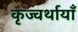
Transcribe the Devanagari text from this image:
कृज्वर्थायाँ